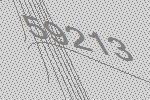
59213